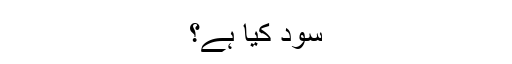
سود کیا ہے؟